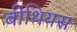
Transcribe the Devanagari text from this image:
बीथियस